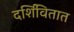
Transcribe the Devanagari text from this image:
दर्शिवितात